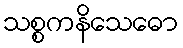
သစ္စကနိသေဓော